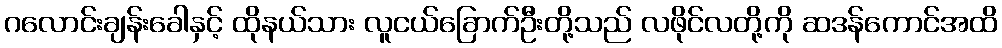
ဂလောင်းချန်းခေါနှင့် ထိုနယ်သား လူငယ်ခြောက်ဦးတို့သည် လဖိုင်လတို့ကို ဆဒန်ကောင်အထိ